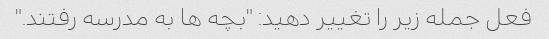
فعل جمله زیر را تغییر دهید: "بچه ها به مدرسه رفتند."